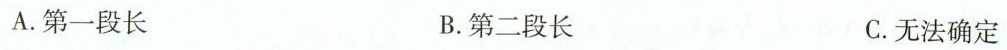
A.第一段长 B.第二段长 C.无法确定